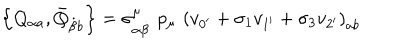
LaTeX: \left\{ Q _ { \alpha a } , \bar { Q } _ { \dot { \beta } b } \right\} = \sigma _ { \alpha \dot { \beta } } ^ { \mu } \, \, p _ { \mu } \, \, \left( v _ { 0 ^ { \prime } } + \sigma _ { 1 } v _ { 1 ^ { \prime } } + \sigma _ { 3 } v _ { 2 ^ { \prime } } \right) _ { a b }